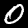
Digit: 0